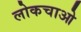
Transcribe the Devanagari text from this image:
लोकचाओ